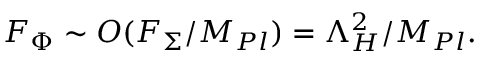
F _ { \Phi } \sim { \cal O } ( F _ { \Sigma } / M _ { P l } ) = \Lambda _ { H } ^ { 2 } / M _ { P l } .